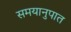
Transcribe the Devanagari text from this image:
समयानुपात